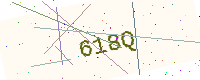
Text: 618Q